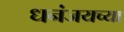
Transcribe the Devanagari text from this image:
धनंजयच्या